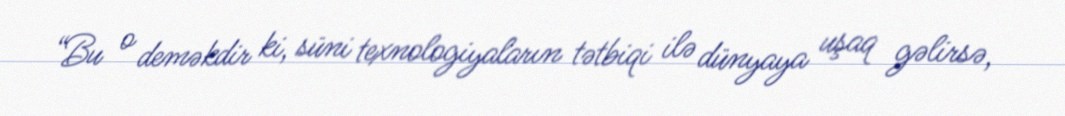
“Bu o deməkdir ki, süni texnologiyaların tətbiqi ilə dünyaya uşaq gəlirsə,